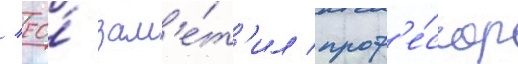
/ ео́ зам'е́т'ил проф'е́ссор